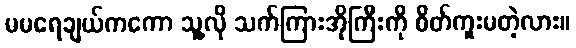
မမရေချယ်ကကော သူ့လို သက်ကြားအိုကြီးကို စိတ်ကူးမတဲ့လား။